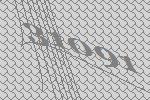
31091